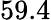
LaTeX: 59.4